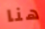
هنا